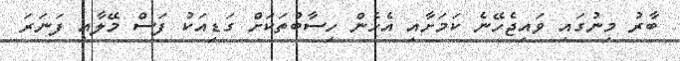
ބާރު މިނުގައި ވައިޖެހޭނެ ކަމަށާއި އެހެން ހިސާބުތަކަށް ގަޑިއަކު ފަސް މޭލާއި ފަނަރަ